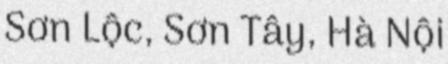
Sơn Lộc, Sơn Tây, Hà Nội